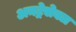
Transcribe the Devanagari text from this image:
अनट्रेसेबल